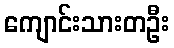
ကျောင်းသားတဦး